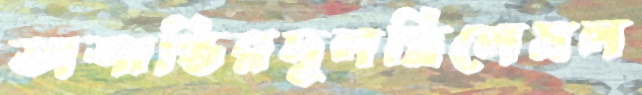
অশান্তিরদুলছিলেমল